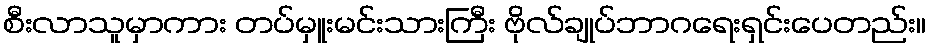
စီးလာသူမှာကား တပ်မှူးမင်းသားကြီး ဗိုလ်ချုပ်ဘာဂရေးရှင်းပေတည်း။